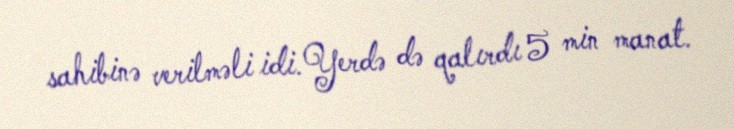
sahibinə verilməli idi. Yerdə də qalırdı 5 min manat.